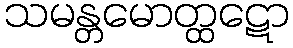
သမန္တမောတ္ထဋော